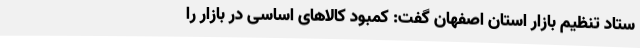
ستاد تنظیم بازار استان اصفهان گفت: کمبود کالاهای اساسی در بازار را